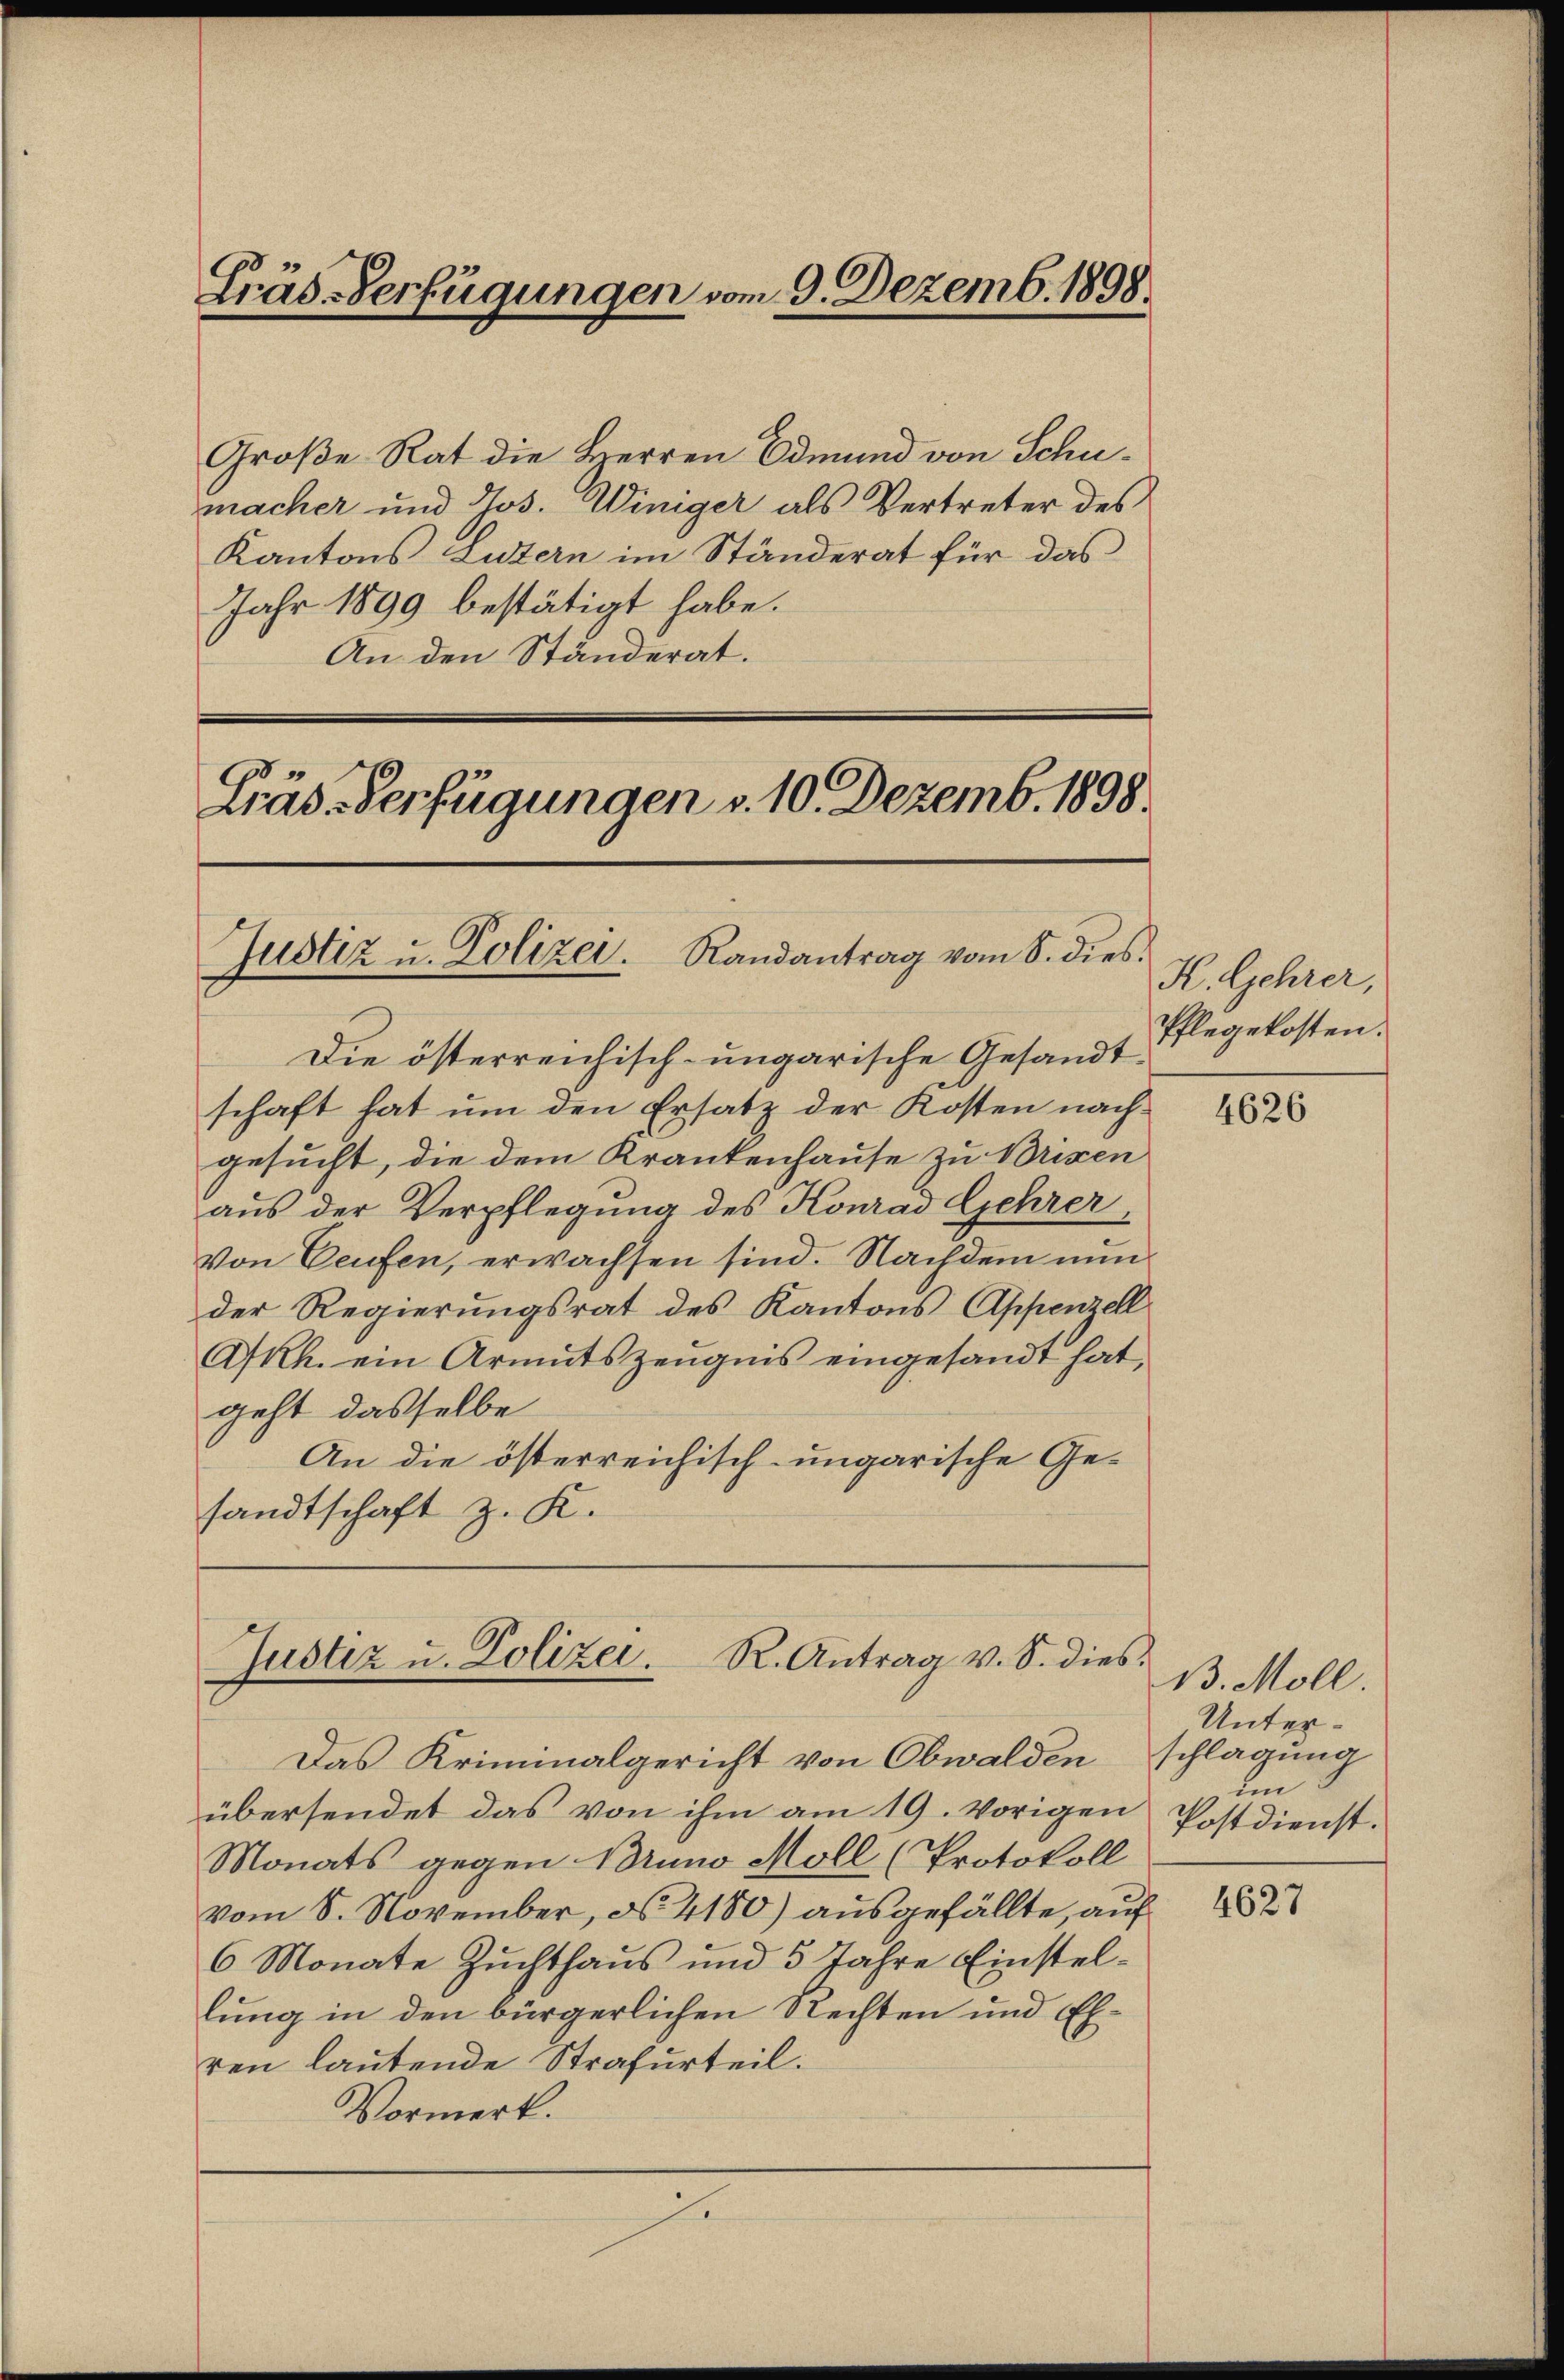
Gräs-Verfügungen vom 9. Dezemb. 1898

Große Rat die Herren Edmund von Schumacher und Jos. Winiger als Vertreter des
Kantons Lutern im Ständerat für das
Jahr 1899 bestätigt habe.
An den Ständerat.

Präs. Verfügungen v. 10. Dezemb. 1898.
Justiz u. Polizer. Randantrag vom 8. dies

Die österreichisch-ungarische Gesandtschaft hat um den Ersatz der Kosten nachgesucht, die dem Krankenhause zu Brixen
aus der Verpflegung des Konrad Gehrer
von Teufen, erwachsen sind. Nachdem nun
der Regierungsrat des Kantons Appenzell
ARh. ein Armutszeugnis eingesandt hat,
geht dasselbe
An die österreichisch-ungarische Ge-
sandtschaft z. K.

Justiz u. Polizei. R. Antrag v. S. dies

Das Kriminalgericht von Obwalden schlagung
übersendet das von ihm am 19. Vorigen
Monats gegen Bruno Moll (Protokoll
vom 8. November, No. 4180) ausgefällte, auf
6 Monate Zuchthaus und 3 Jahre Einstellung in den bürgerlichen Rechten und Ehren lautende Strafurteil.
Vormerk.

K. Gehrer,
Pflegekosten.

4626

B. Moll.
Unterim
Postdienst.

4627